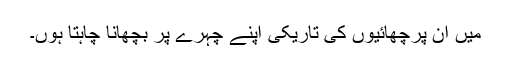
میں ان پرچھائیوں کی تاریکی اپنے چہرے پر بچھانا چاہتا ہوں۔